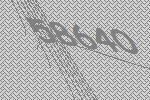
58640